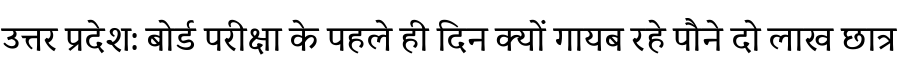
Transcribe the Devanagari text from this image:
उत्तर प्रदेश: बोर्ड परीक्षा के पहले ही दिन क्यों गायब रहे पौने दो लाख छात्र